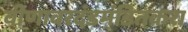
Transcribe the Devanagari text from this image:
वीणावरदंडमंडितकरा